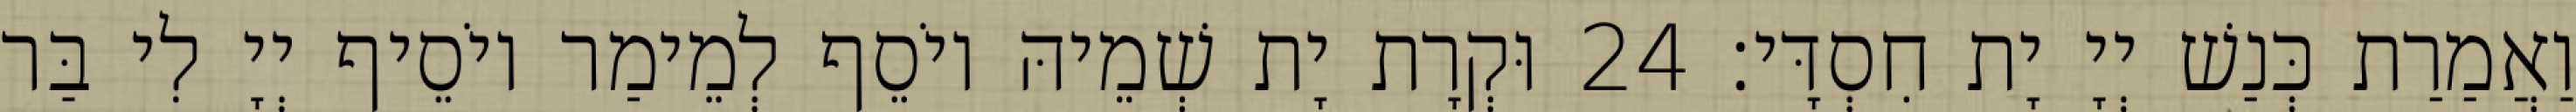
וַאֲמַרַת כְּנַשׁ יְיָ יָת חִסְדָּי׃ 24 וּקְרָת יָת שְׁמֵיהּ יוֹסֵף לְמֵימַר יוֹסֵיף יְיָ לִי בַּר